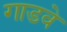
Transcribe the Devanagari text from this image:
गाडवे